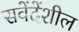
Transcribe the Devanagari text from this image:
सवेंदेंशील